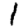
Digit: 1